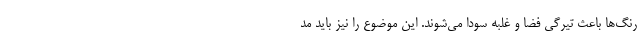
رنگ‌ها باعث تیرگی فضا و غلبه سودا می‌شوند. این موضوع را نیز باید مد